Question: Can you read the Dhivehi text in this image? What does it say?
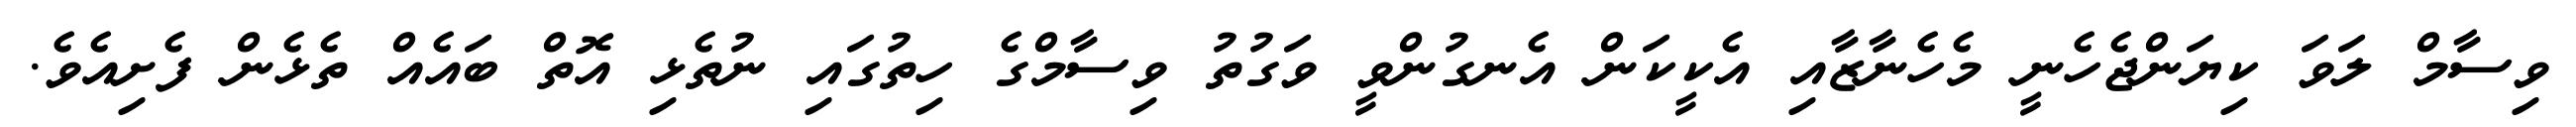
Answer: ވިސާމް ލަވަ ކިޔަންޖެހެނީ މެހެނާޒާއި އެކީކަން އެނގުންވީ ވަގުތު ވިސާމްގެ ހިތުގައި ނުތެޅި އޮތް ބައެއް ތެޅެން ފެށިއެވެ.